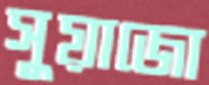
সুয়াজো